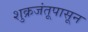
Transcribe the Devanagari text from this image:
शुक्रजंतूपासून